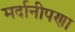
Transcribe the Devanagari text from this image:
मर्दानीपणा